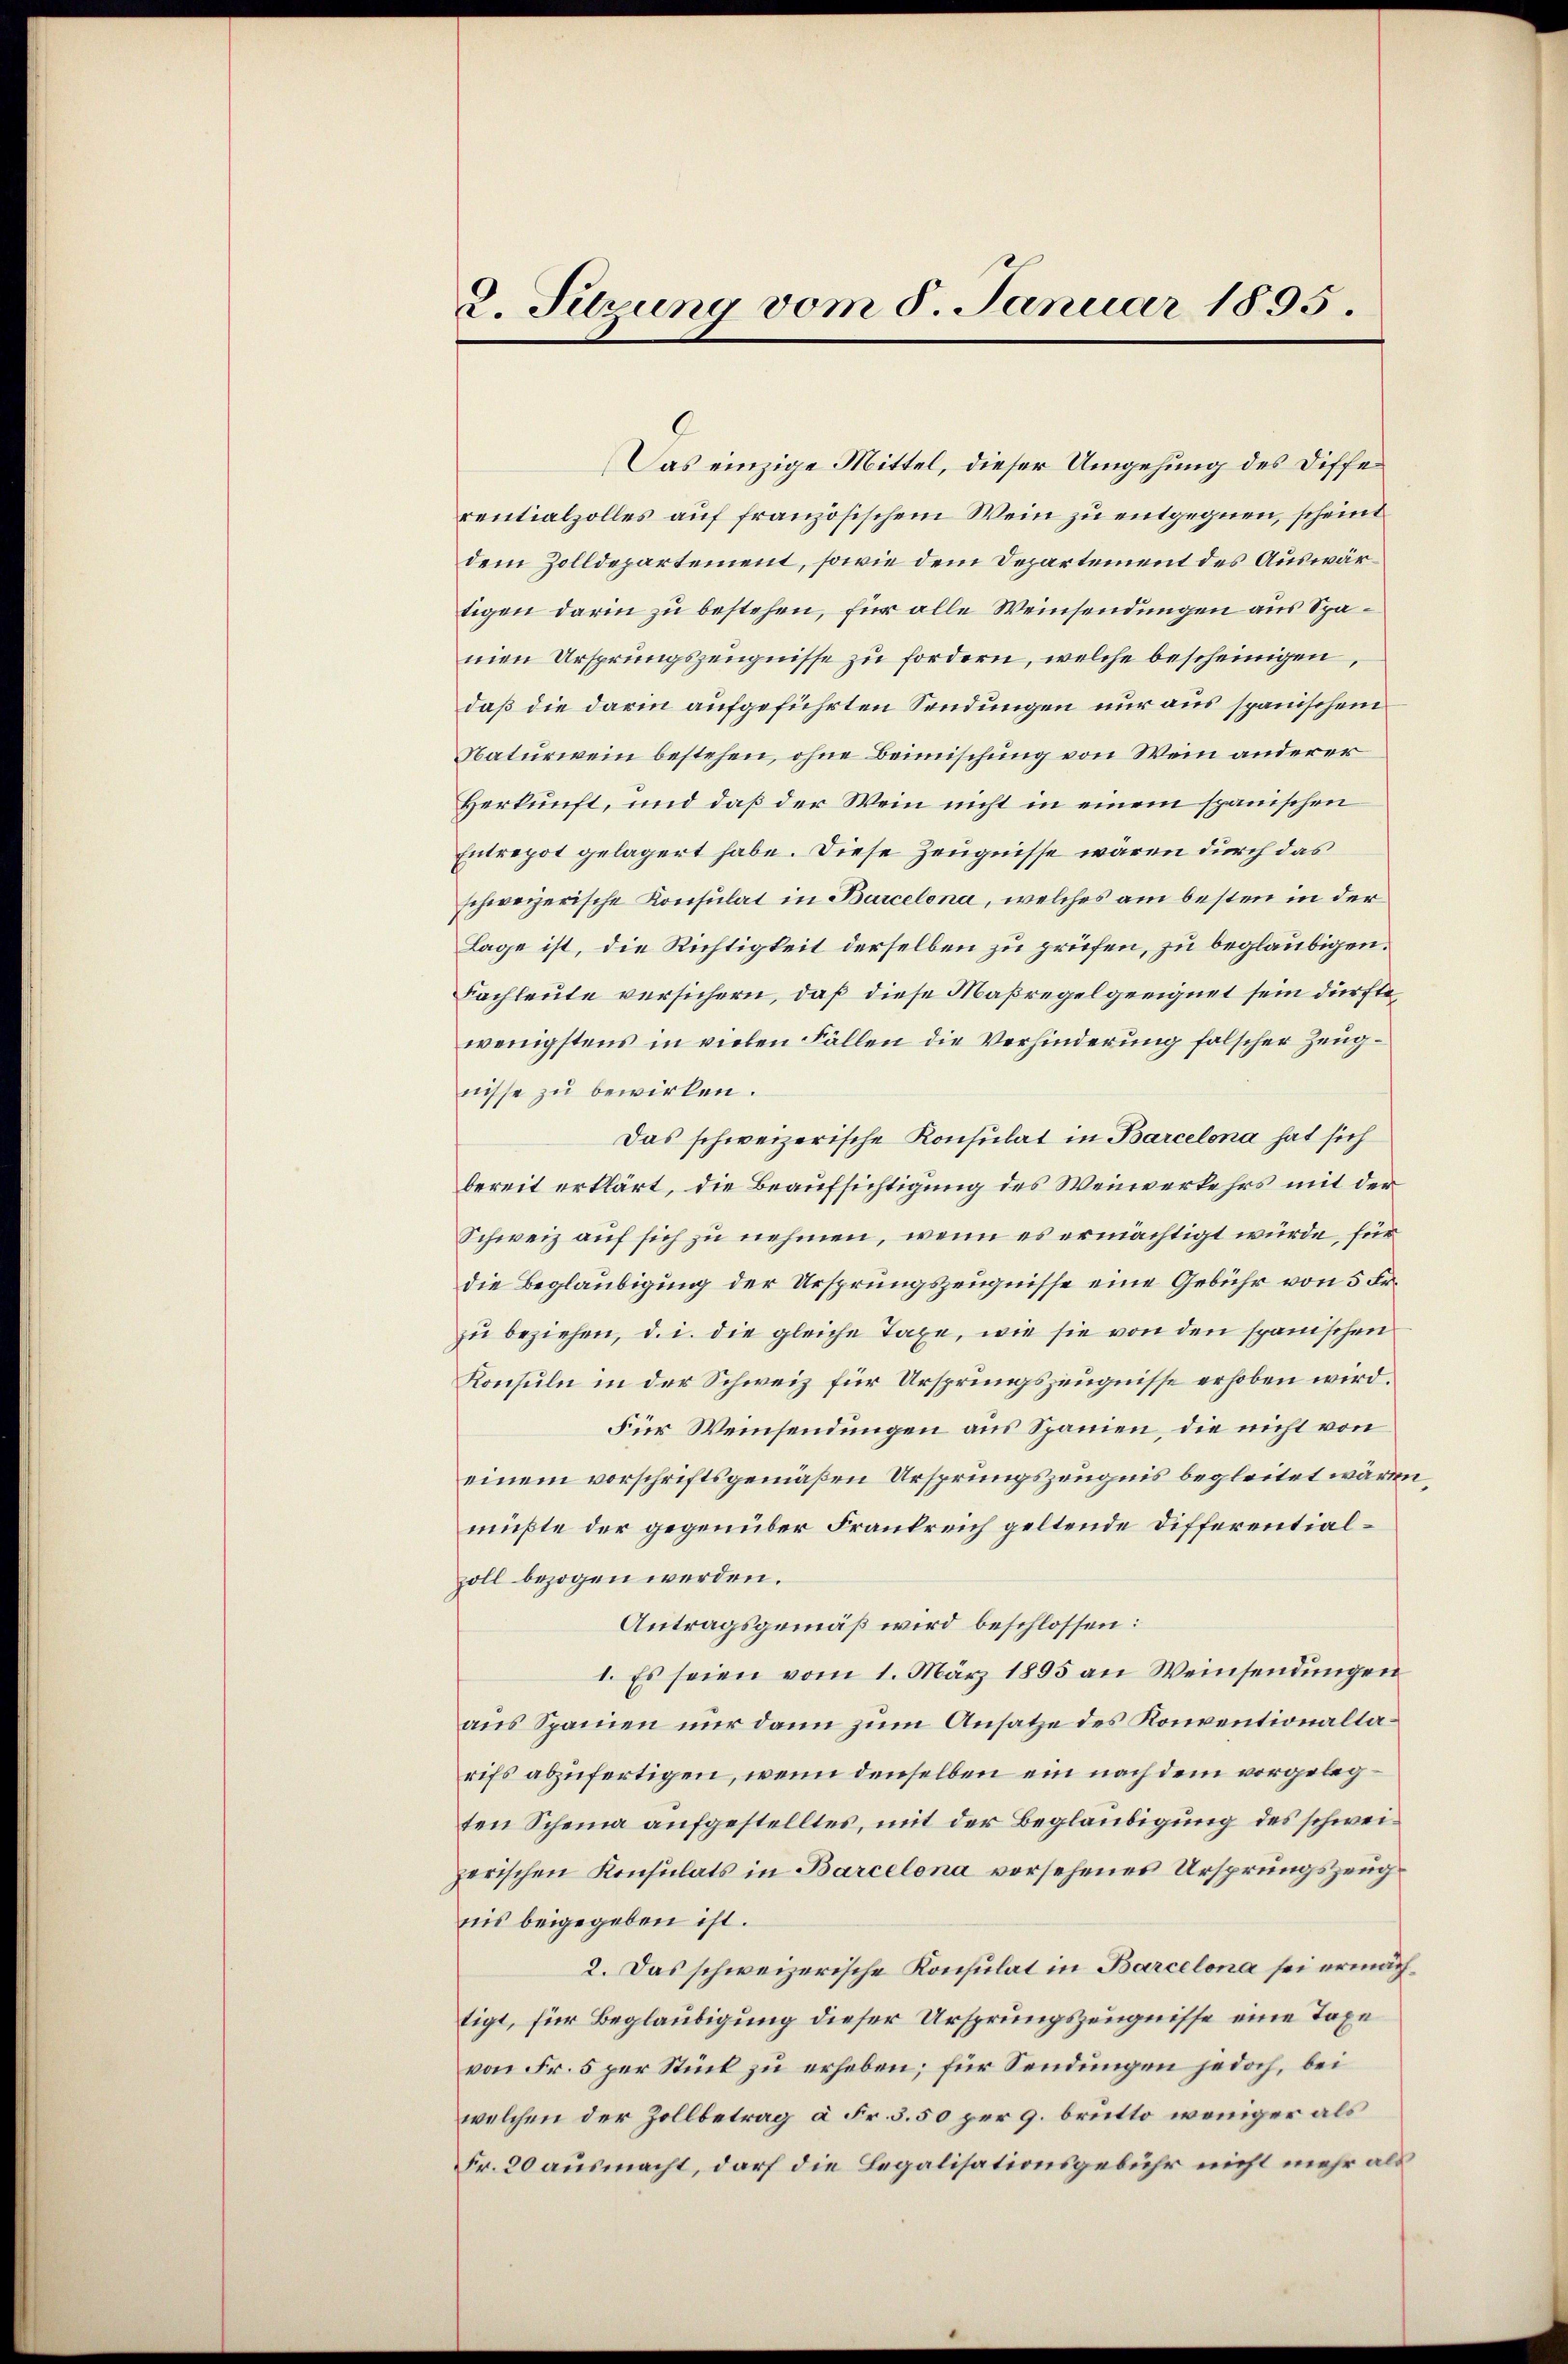
2. Sitzung vom 8. Januar 1895.

8
Das einzige Mittel, dieser Umgehung des Diffe
centialzolles auf französischem Wein zu entgegnen, scheint
dem Zolldepartement, sowie dem Departement des Auswärtigen darin zu bestehen, für alle Weinsendungen aus Spanien Ursprungszeugnisse zu fordern, welche bescheinigen,
daß die darin aufgeführten Sendungen nur aus spanischen
Naturwein bestehen, ohne Beimischung von Wein anderer
Herkunft, und daß der Wein nicht in einem spanischen
Entrepot gelagert habe. Diese Zeugnisse wären durch das
schweizerische Konsulat in Barcelona, welches am besten in der
Lage ist, die Richtigkeit derselben zu prüfen, zu beglaubigen.
Fachleute versichern, daß diese Maßregel geeignet sein dürfte,
wenigstens in vielen Fällen die Verhinderung falscher Zeugnisse zu bewirken.
Das schweizerische Konsulat in Barcelona hat sich
bereit erklärt, die Beaufsichtigung des Weinverkehrs mit der
Schweiz auf sich zu nehmen, wenn es ermächtigt würde, für
die Beglaubigung der Ursprungszeugnisse eine Gebühr von 5 Fr.
zu beziehen, d. i. die gleiche Taxe, wie sie von den spanischen
Konsuln in der Schweiz für Ursprungszeugnisse erhoben wird.
Für Weinsendungen aus Spanien, die nicht von
einem vorschriftsgemäßen Ursprungszeugnis begleitet wären,
mußte der gegenüber Frankreich geltende Differentialzoll bezogen werden.
Antragsgemäß wird beschlossen:
1. Es seien vom 1. März 1895 an Weinsendungen
aus Spanien nur dann zum Ansatze des Konventionaltarifs abzufertigen, wenn denselben ein nach dem vorgelegten Scheina aufgestelltes, mit der Beglaubigung des schweizerischen Konsulats in Barcelena vorsehenes Ursprungszeugnis beigegeben ist.
2. Das schweizerische Konsulat in Barcelona sei ermächtigt, für Beglaubigung dieser Ursprungszeugnisse eine Taxe
von Fr. 5 per Stück zu erheben; für Sendungen jedoch, bei
welchen der Zollbetrag à Fr. 3. 50 per 9. brutto weniger als
Fr. 20 ausmacht, darf die Legalisationsgebühr nicht mehr als